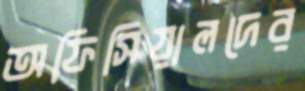
অফিসিয়ালদের